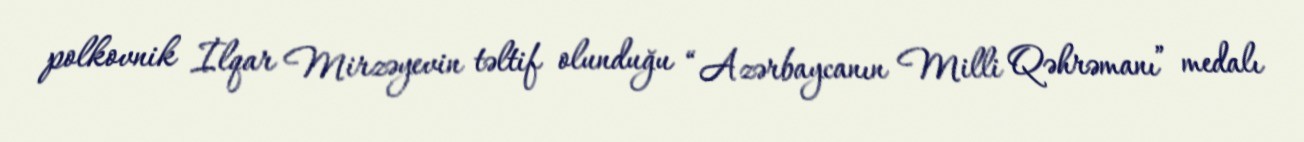
polkovnik İlqar Mirzəyevin təltif olunduğu “Azərbaycanın Milli Qəhrəmanı” medalı